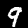
Label: 9